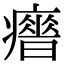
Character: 𤻣